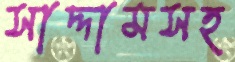
সাদ্দামসহ